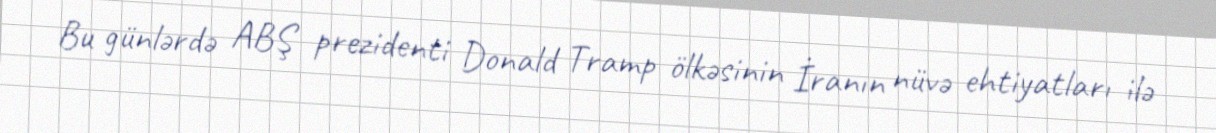
Bu günlərdə ABŞ prezidenti Donald Tramp ölkəsinin İranın nüvə ehtiyatları ilə